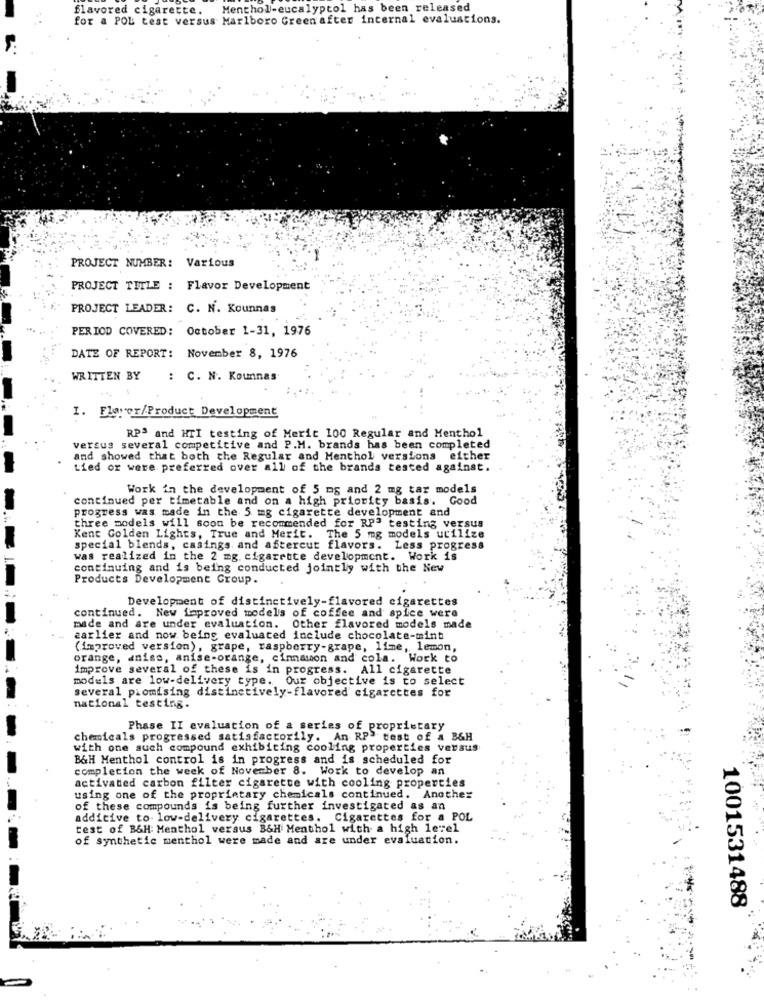
flavored cigarette.
Menthol-eucalyptol has been released
for a POL test versus Marlboro Green'after internal evaluations.
PROJECT NUMBER: Various
PROJECT TITLE : Flavor Development
PROJECT LEADER: C. N. Kounnas
PERIOD COVERED: October 1-31, 1976
DATE OF REPORT: November 8, 1976
WRITTEN BY
: C. N. Kounnas
I. Flower/Product Development
RPS and HTI testing of Merit 100 Regular and Menthol
versus several competitive and P.M. brands has been completed
and showed that both the Regular and Menthol versions either
Lied or were preferred over all of the brands tested against.
Work in the development of 5 mg and 2 mg tar models
continued per timetable and on a high priority basis. Good
progress was made in the 5 mg cigarette development and
three models will soon be recommended for_RPª testing versus
Kent Golden Lights, True and Merit. The 5 mg models utilize
special blends, casings and aftercut flavors. Less progress
was realized in the 2 mg. cigarette development. Work is
continuing and is being conducted jointly with the New
Products Development Group.
Development of distinctively-flavored cigarettes
continued. New improved models of coffee and spice were
made and are under evaluation. Other flavored models made
earlier and now being evaluated include chocolate-mint
(improved version), grape, raspberry-grape, lime, lemon,
orange, aniss, anise-orange, cinnamon and cola. Work to
improve several of these is in progress. All cigarette
models are low-delivery type. Our objective is to select
several promising distinctively-flavored cigarettes for
national testing.
Phase II evaluation of a series of proprietary
chemicals progressed satisfactorily. An RP- test of a B&H
with one such compound exhibiting cooling properties versus
B&H Menthol control is in progress and is scheduled for
completion the week of November 8. Work to develop an
activated carbon filter cigarette with cooling properties
using one of the proprietary chemicals continued. Another
of these compounds is being further investigated as an
additive to. low-delivery cigarettes. Cigarettes for a POL
test of BSH: Menthol versus B&H Menthol with a high level
of synthetic menthol were made and are under evaluation.
1001531488